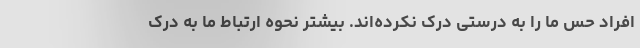
افراد حس ما را به درستی درک نکرده‌اند. بیشتر نحوه ارتباط ما به درک